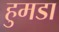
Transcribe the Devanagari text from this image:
हुमडा